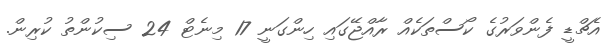
އެޗްޑީ ފެންވަރުގެ ކޯސްތަކެއް ރާއްޖޭގައި ހިންގަނީ 17 މިނެޓް 24 ސިކުންތު ކުރިން.